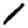
Digit: 1